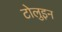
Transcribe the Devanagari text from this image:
टोलुइन